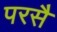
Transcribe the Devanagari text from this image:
परसै